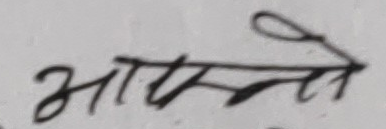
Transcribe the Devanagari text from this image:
आफ्नो